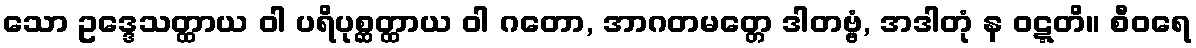
သော ဥဒ္ဒေသတ္ထာယ ဝါ ပရိပုစ္ဆတ္ထာယ ဝါ ဂတော, အာဂတမတ္တေ ဒါတဗ္ဗံ, အဒါတုံ န ဝဋ္ဋတိ။ စီဝရေ